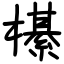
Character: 櫀